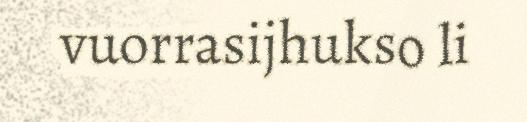
vuorrasijhukso li